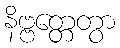
နိဗ္ဗတ္တေတွာ